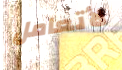
لأتعامل